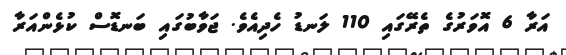
އަރާ 6 އޮވަރުގެ ތެރޭގައި 110 ލަނޑު ހެދިއެވެ. ޖަވާބުގައި ބަނޑޮސް ކުޅެންއަރާ